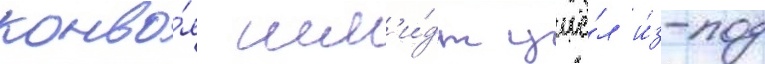
конво́я шм'и́дт ушё́л и́з-под